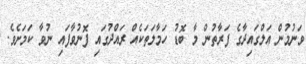
ވަނުމުން އަލްގައިދާގެ ފަރާތުން މާ ބޮޑު ހަމާލަތަކެއް ރައްދުގައި ފޮނުވާފައި ނުވާ ކަމަށެވެ.